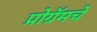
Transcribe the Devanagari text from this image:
प्रोग्रॅमचे